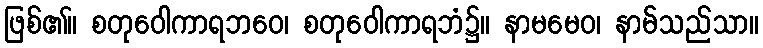
ဖြစ်၏။ စတုဝေါကာရဘဝေ၊ စတုဝေါကာရဘံ၌။ နာမမေဝ၊ နာမ်သည်သာ။